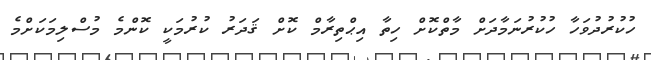
ހުކުރުދުވަހާ ހުކުރުނަމާދަށް މާތްކޮށް ހިތާ އިޙްތިރާމް ކޮށް ޤަދަރު ކުރުމަކީ ކޮންމެ މުސްލިމަކަށްމެ